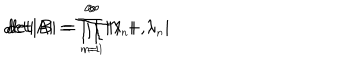
d e t \vert A \vert = \prod _ { \scriptscriptstyle n = 1 } ^ { \infty } \vert \lambda _ { \scriptscriptstyle n } \vert , \hspace { 2 c m } d e t \vert B \vert = \prod _ { \scriptscriptstyle n = 1 } ^ { \infty } \vert 1 + \lambda _ { \scriptscriptstyle n } \vert